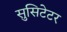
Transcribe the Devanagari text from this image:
सुसिटेटर